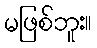
မဖြစ်ဘူး။